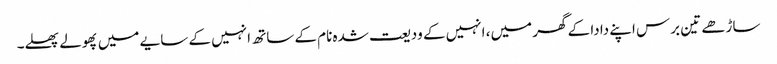
ساڑھے تین برس اپنے دادا کے گھر میں، انہیں کے ودیعت شدہ نام کے ساتھ انہیں کے سایے میں پھولے پھلے۔